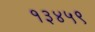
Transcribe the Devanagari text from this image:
१३४५९